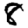
Digit: 8